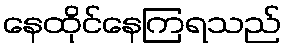
နေထိုင်နေကြရသည်